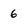
Character: 6